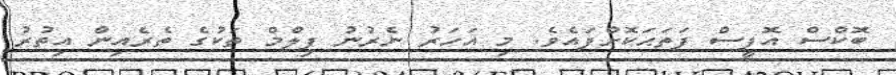
ބޮކްސް އޮފީސް ފަތަޙަކޮށްފައެވެ. މި އަހަރު ނެރުނު ފިލްމް ތަކުގެ ތެރެއިން އިތުރު